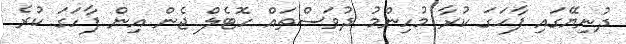
ދުނިޔޭގައި ފާހަގަ ކުރާ މުހިންމު ދުވަސްތައް ހޮޓެލް ޖެން އިން ފާހަގަ ކުރެ